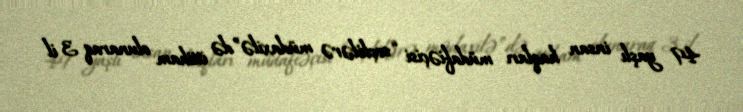
49 yaşlı insan haqları müdafiəçisi “seçkilərə müdaxilə”də ittiham olunaraq 3 il